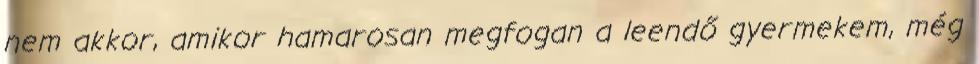
nem akkor, amikor hamarosan megfogan a leendő gyermekem, még